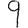
Digit: 9